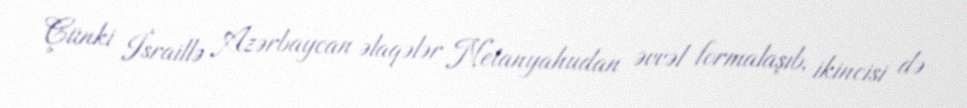
Çünki İsraillə Azərbaycan əlaqələr Netanyahudan əvvəl formalaşıb, ikincisi də